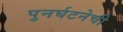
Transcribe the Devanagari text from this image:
पुनर्घटनेची